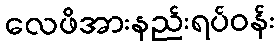
လေဖိအားနည်းရပ်ဝန်း